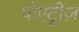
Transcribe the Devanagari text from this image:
पोएट्रीज़